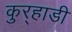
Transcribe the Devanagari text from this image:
कुर्‍हाडी